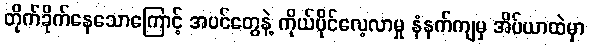
တိုက်ခိုက်နေသောကြောင့် အပင်တွေနဲ့ ကိုယ်ပိုင်လေ့လာမှု နံနက်ကျမှ အိပ်ယာထဲမှာ